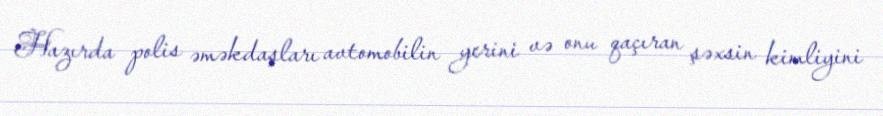
Hazırda polis əməkdaşları avtomobilin yerini və onu qaçıran şəxsin kimliyini